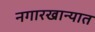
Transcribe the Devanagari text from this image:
नगारखान्यात